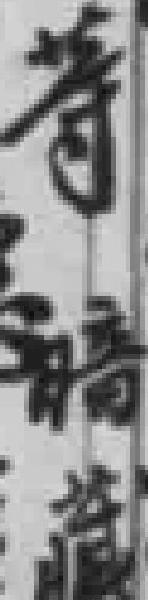
等暗藏